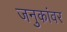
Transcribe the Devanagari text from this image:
जनुकांवर